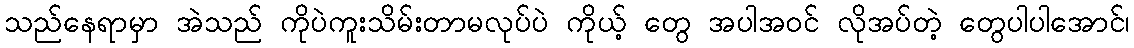
သည်နေရာမှာ အဲသည် ကိုပဲကူးသိမ်းတာမလုပ်ပဲ ကိုယ့် တွေ အပါအဝင် လိုအပ်တဲ့ တွေပါပါအောင်၊